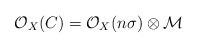
\begin{align*}{\cal{O}}_{X}(C)= {\cal{O}}_{X}(n\sigma) \otimes {\cal{M}} \end{align*}